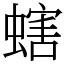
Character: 螛